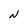
Character: N